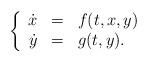
LaTeX: \begin{align*}\left\{\begin{array}{rcl}\dot{x} &=& f(t,x,y)\\\dot{y} &=& g(t,y).\end{array}\right.\end{align*}